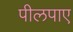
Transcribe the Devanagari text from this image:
पीलपाए